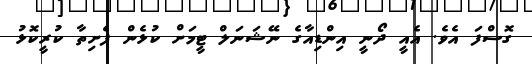
ގޮސްފަ އެވެ. އެއީ ދޯނީ އިންޑިއާގެ ނޭޝަނަލް ޓީމަށް ކުޅެން ފެށިތާ ކުރީކޮޅު